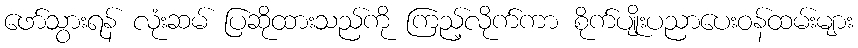
ဖော်သွားရန် လုံးဆမ် ပြဆိုထားသည်ကို ကြည့်လိုက်ကာ စိုက်ပျိုးပညာပေးဝန်ထမ်းများ